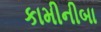
કામીનીબા